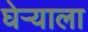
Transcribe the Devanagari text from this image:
घेऱ्याला